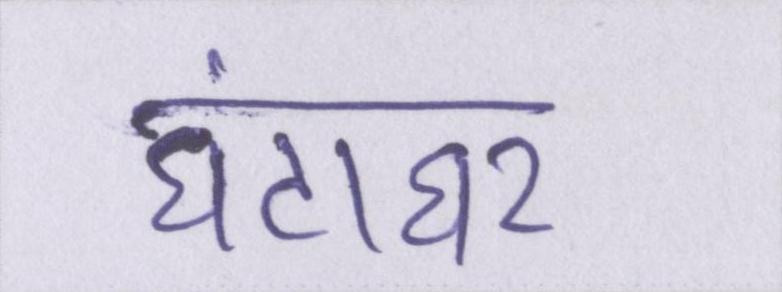
घंटाघर